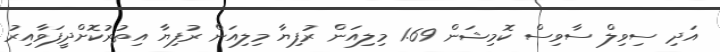
އަދި ސިވިލް ސާވިސް ކޮމިޝަން 1.69 މިލިއަން ރުފިޔާ މިލިއަން ރުފިޔާ އިތުރުކޮށްދީފަވާއިރު